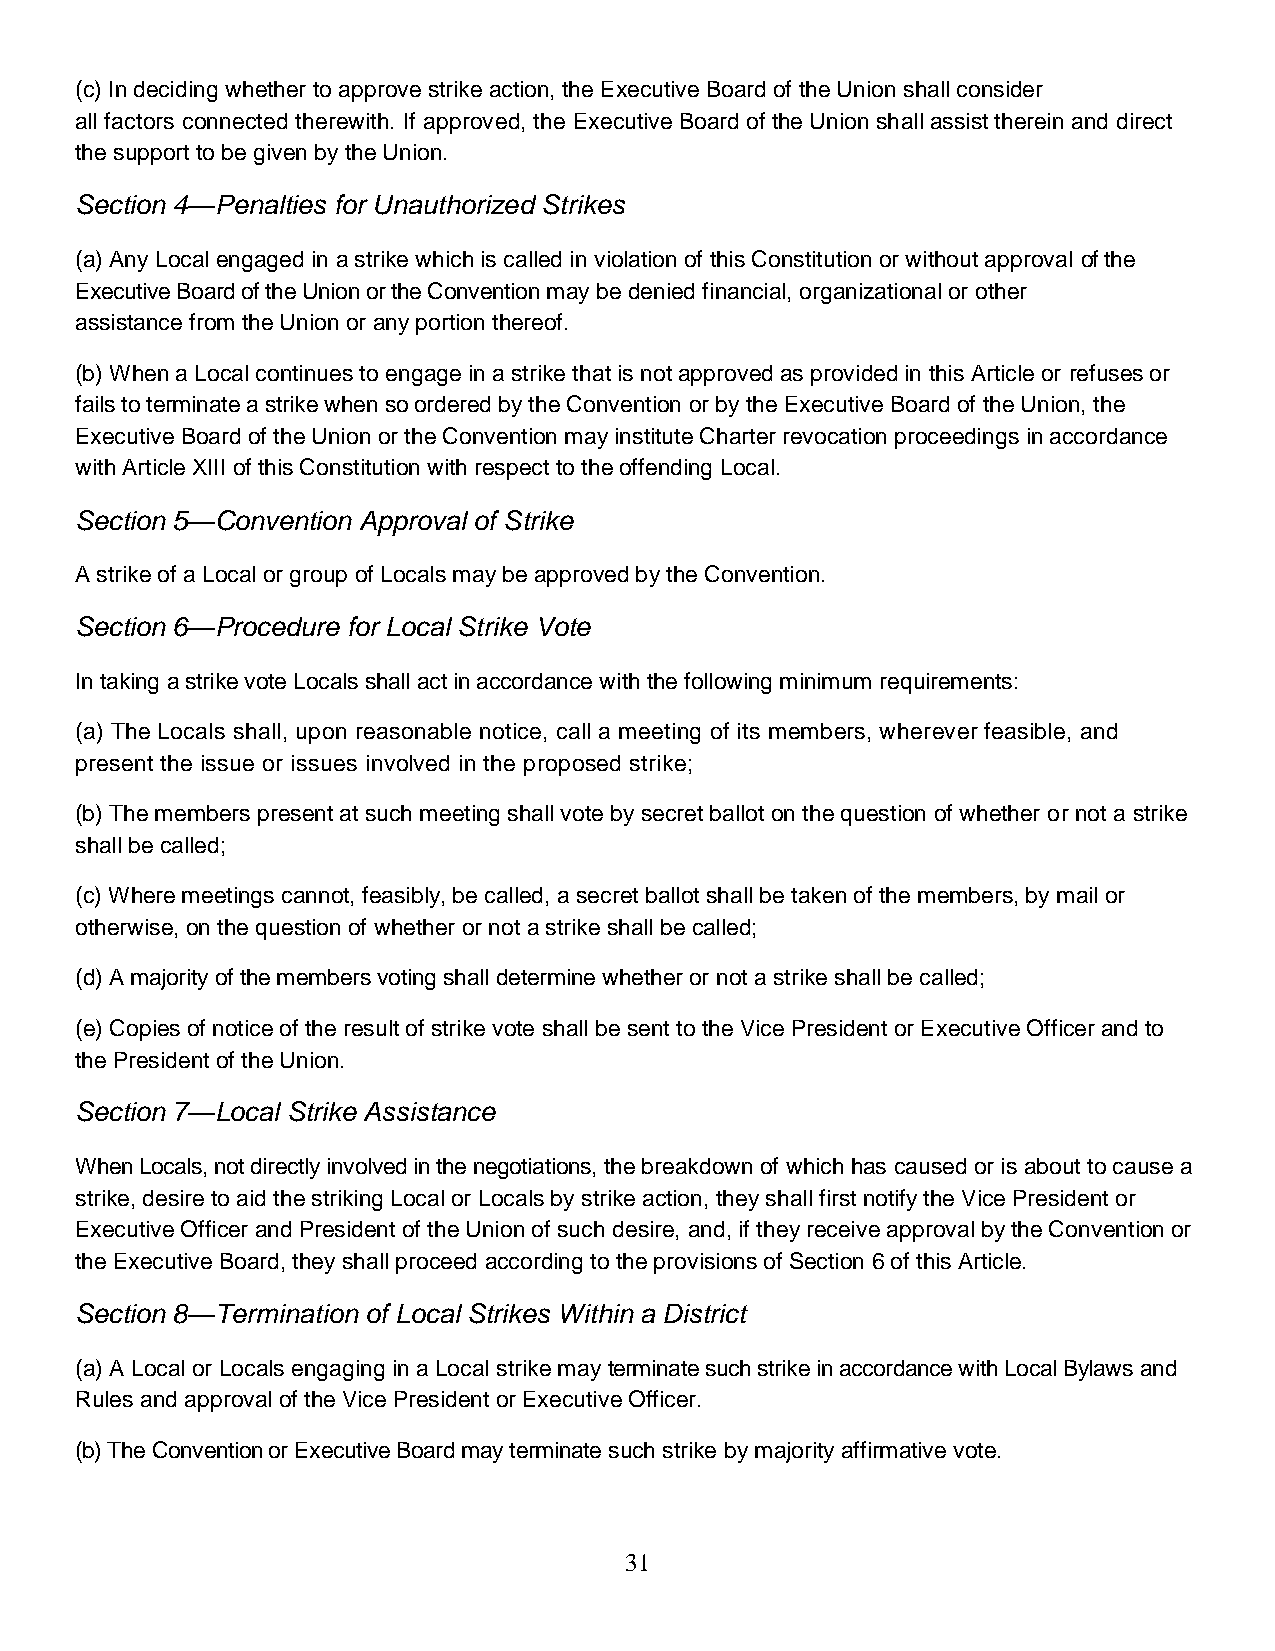
(c) In deciding whether to approve strike action, the Executive Board of the Union shall consider
 all factors connected therewith. If approved, the Executive Board of the Union shall assist therein and direct
 the support to be given by the Union.
 Section 4—Penalties for Unauthorized Strikes
 (a) Any Local engaged in a strike which is called in violation of this Constitution or without approval of the
 Executive Board of the Union or the Convention may be denied financial, organizational or other
 assistance from the Union or any portion thereof.
 (b) When a Local continues to engage in a strike that is not approved as provided in this Article or refuses or
 fails to terminate a strike when so ordered by the Convention or by the Executive Board of the Union, the
 Executive Board of the Union or the Convention may institute Charter revocation proceedings in accordance
 with Article XIII of this Constitution with respect to the offending Local.
 Section 5—Convention Approval of Strike
 A strike of a Local or group of Locals may be approved by the Convention.
 Section 6—Procedure for Local Strike Vote
 In taking a strike vote Locals shall act in accordance with the following minimum requirements:
 (a) The Locals shall, upon reasonable notice, call a meeting of its members, wherever feasible, and
 present the issue or issues involved in the proposed strike;
 (b) The members present at such meeting shall vote by secret ballot on the question of whether or not a strike
 shall be called;
 (c) Where meetings cannot, feasibly, be called, a secret ballot shall be taken of the members, by mail or
 otherwise, on the question of whether or not a strike shall be called;
 (d) A majority of the members voting shall determine whether or not a strike shall be called;
 (e) Copies of notice of the result of strike vote shall be sent to the Vice President or Executive Officer and to
 the President of the Union.
 Section 7—Local Strike Assistance
 When Locals, not directly involved in the negotiations, the breakdown of which has caused or is about to cause a
 strike, desire to aid the striking Local or Locals by strike action, they shall first notify the Vice President or
 Executive Officer and President of the Union of such desire, and, if they receive approval by the Convention or
 the Executive Board, they shall proceed according to the provisions of Section 6 of this Article.
 Section 8—Termination of Local Strikes Within a District
 (a) A Local or Locals engaging in a Local strike may terminate such strike in accordance with Local Bylaws and
 Rules and approval of the Vice President or Executive Officer.
 (b) The Convention or Executive Board may terminate such strike by majority affirmative vote.
 31